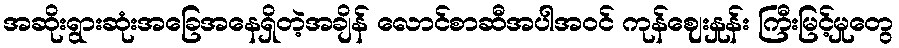
အဆိုးရွားဆုံးအခြေအနေရှိတဲ့အချိန် လောင်စာဆီအပါအဝင် ကုန်ဈေးနှုန်း ကြီးမြင့်မှုတွေ